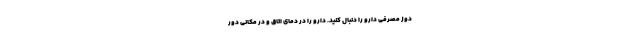
دوز مصرفی دارو را دنبال کنید. دارو را در دمای اتاق و در مکانی دور